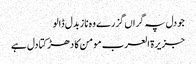
جو دل پہ گراں گزرے وہ ناز بدل ڈالو
جزیرۃ العرب مومن کا دھڑکتا دل ہے